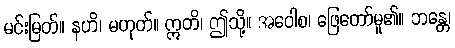
မင်းမြတ်။ နဟိ၊ မဟုတ်။ ဣတိ၊ ဤသို့။ အဝေါစ၊ ဖြေတော်မူ၏။ ဘန္တေ၊